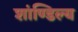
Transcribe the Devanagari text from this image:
शांण्डिल्य